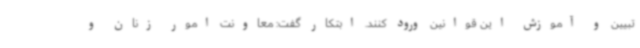
تبیین و آموزش این قوانین ورود کنند. ابتکار گفت: معاونت امور زنان و